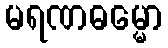
မရဏဓမ္မော